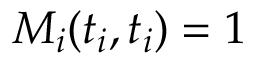
M _ { i } ( t _ { i } , t _ { i } ) = 1